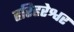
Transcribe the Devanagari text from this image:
हरिहरेश्वर